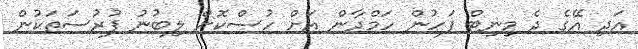
އަދި އޭގެ ދެ މިނިޓް ފަހުން ހަމްދާން އަށް ހުސްކޮށް ލިބުނު ފުރުސަތަކުން